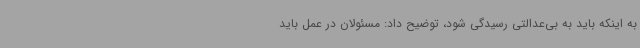
به اینکه باید به بی‌عدالتی رسیدگی شود، توضیح داد: مسئولان در عمل باید